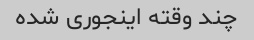
چند وقته اینجوری شده